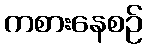
ကစားနေစဉ်